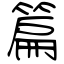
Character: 篇